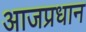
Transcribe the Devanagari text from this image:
आजप्रधान